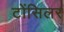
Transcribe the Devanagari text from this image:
टोंसिलर